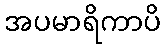
အပမာရိကာပိ